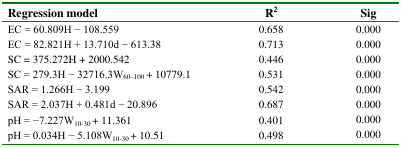
<table><thead><tr><td><b>Regression model</b></td><td><b>R<sup>2</sup></b></td><td><b>Sig</b></td></tr></thead><tbody><tr><td>EC = 60.809H − 108.559</td><td>0.658</td><td>0.000</td></tr><tr><td>EC = 82.821H + 13.710d − 613.38</td><td>0.713</td><td>0.000</td></tr><tr><td>SC = 375.272H + 2000.542</td><td>0.446</td><td>0.000</td></tr><tr><td>SC = 279.3H − 32716.3W<sub>60–100</sub> + 10779.1</td><td>0.531</td><td>0.000</td></tr><tr><td>SAR = 1.266H − 3.199</td><td>0.542</td><td>0.000</td></tr><tr><td>SAR = 2.037H + 0.481d − 20.896</td><td>0.687</td><td>0.000</td></tr><tr><td>pH = −7.227W<sub>10–30</sub> + 11.361</td><td>0.401</td><td>0.000</td></tr><tr><td>pH = 0.034H − 5.108W<sub>10–30</sub> + 10.51</td><td>0.498</td><td>0.000</td></tr></tbody></table>